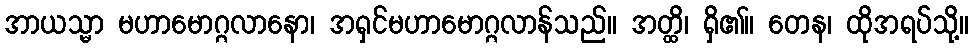
အာယသ္မာ မဟာမောဂ္ဂလာနော၊ အရှင်မဟာမောဂ္ဂလာန်သည်။ အတ္ထိ၊ ရှိ၏။ တေန၊ ထိုအရပ်သို့။